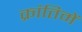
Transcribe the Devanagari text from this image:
क्रांतिमें